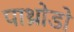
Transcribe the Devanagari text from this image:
पाथ्रोडो